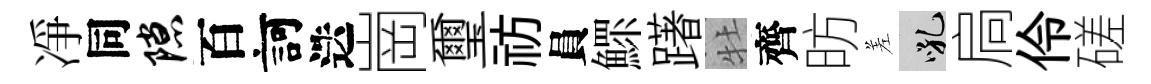
凈同隙百訶迭崗璽祊員鰥躇牡齊昉差吼扃伶磋